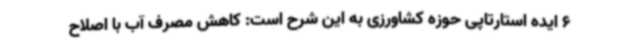
6 ایده استارتاپی حوزه کشاورزی به این شرح است: کاهش مصرف آب با اصلاح